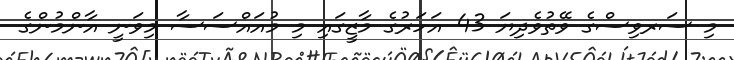
މި ސަރވިސްގެ ވޭތުވެދިޔަ 43 އަހަރުގެ މާޒީގައި މި މުއައްސަސާ މިވަނީ އާންމުންގެ